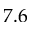
7 . 6